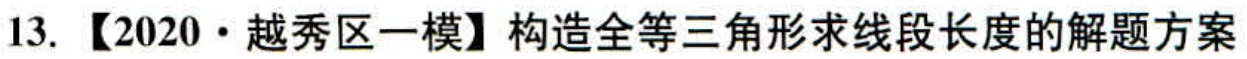
13. 【2020·越秀区一模】构造全等三角形求线段长度的解题方案